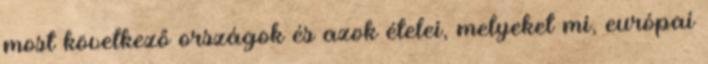
most következő országok és azok ételei, melyeket mi, európai